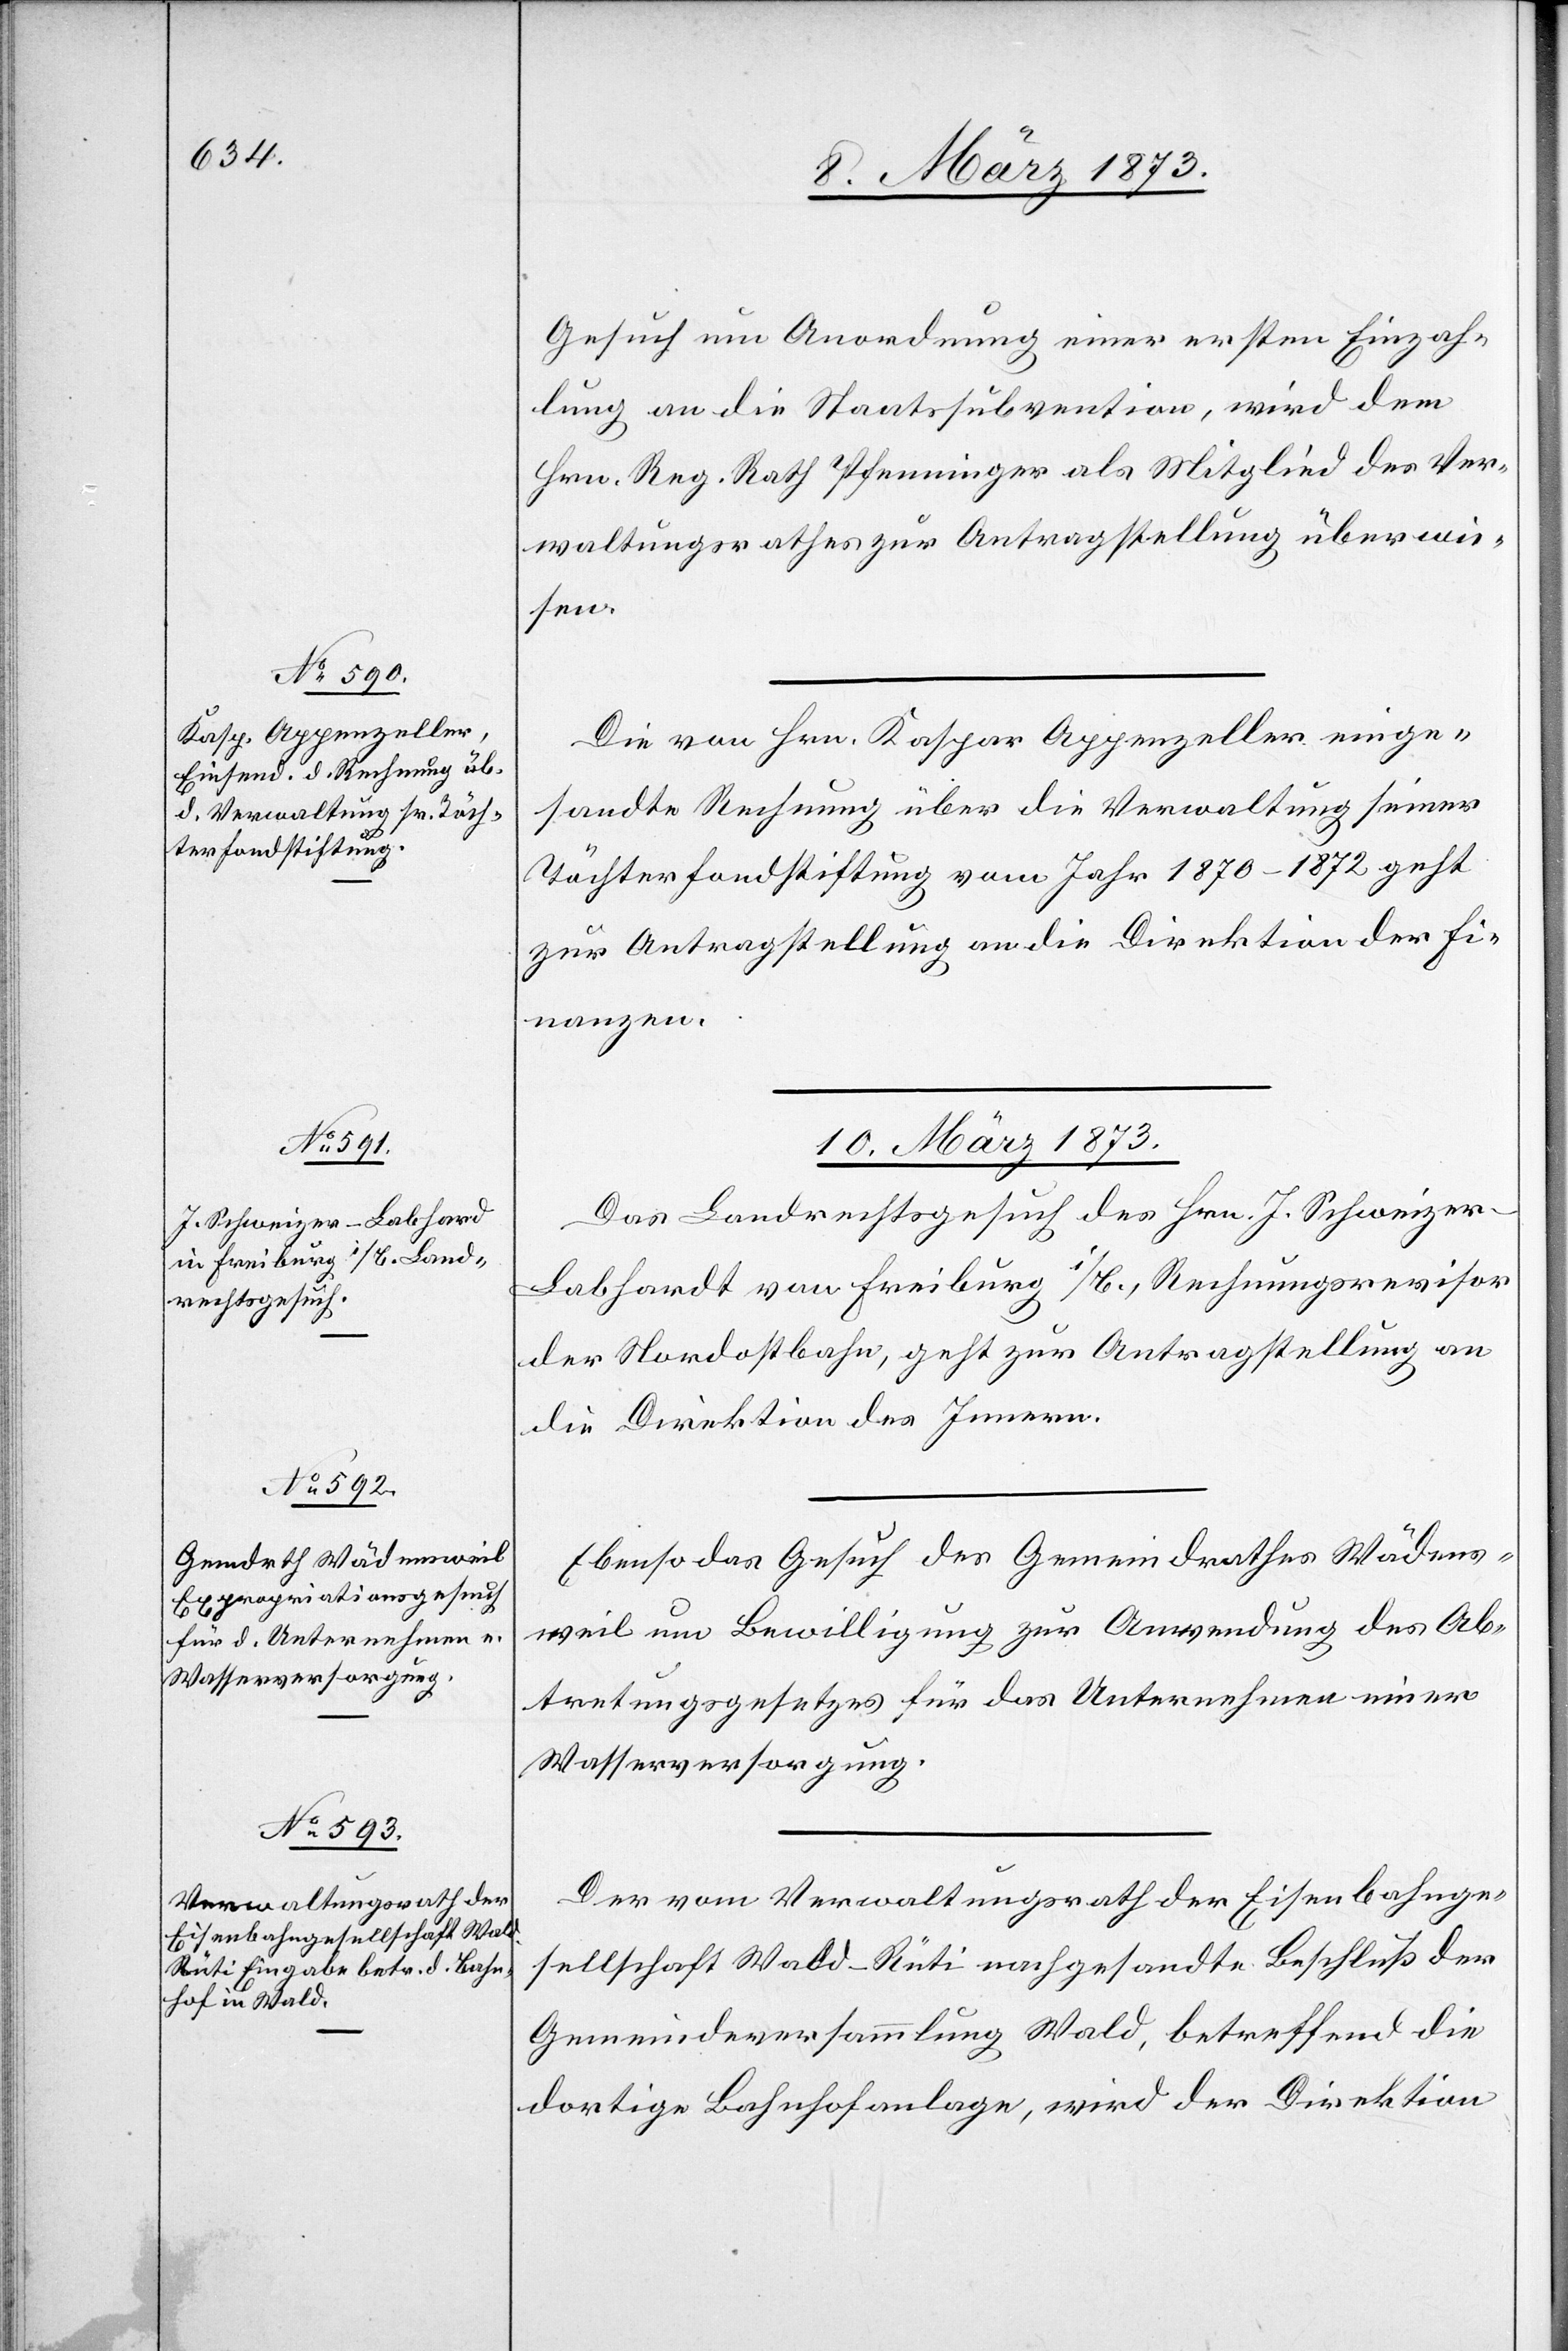
8. März 1873.]
Gesuch um Anordnung einer ersten Einzah¬
lung an die Staatssubvention, wird dem
Hrn. Reg. Rath Pfenninger als Mitglied des Ver¬
waltungsrathes zur Antragstellung überwie¬
sen.
Die von Hrn. Kaspar Appenzeller einge¬
sandte Rechnung über die Verwaltung seiner
Töchterfondstiftung vom Jahr 1870–1872 geht
zur Antragstellung an die Direktion der Fi¬
nanzen.
10. März 1873.]
Das Landrechtsgesuch des Hrn. J. Schweizer-L¬
abhardt von Freiburg i/B., Rechnungsrevisor
der Nordostbahn, geht zur Antragstellung an
die Direktion des Innern.
Ebenso das Gesuch des Gemeindrathes Wädens¬
weil um Bewilligung zur Anwendung des Ab¬
tretungsgesetzes für das Unternehmen einer
Wasserversorgung.
Der vom Verwaltungsrath der Eisenbahnge¬
sellschaft Wald–Rüti nachgesandte Beschluß der
Gemeindeversammlung Wald, betreffend die
dortige Bahnhofanlage, wird der Direktion